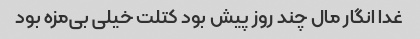
غدا انگار مال چند روز پیش بود کتلت خیلی بی‌مزه بود